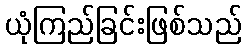
ယုံကြည်ခြင်းဖြစ်သည်